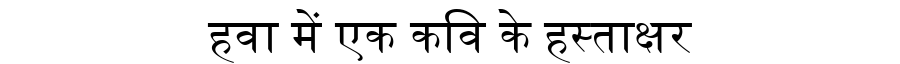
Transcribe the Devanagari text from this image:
हवा में एक कवि के हस्ताक्षर